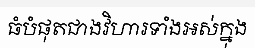
ធំបំផុតជាងវិហារទាំងអស់ក្នុង